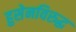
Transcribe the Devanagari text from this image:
हुसेनविरुद्ध